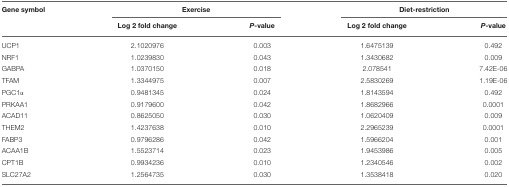
<table><thead><tr><td><b>Gene symbol</b></td><td colspan="2"><b>Exercise</b></td><td colspan="2"><b>Diet-restriction</b></td></tr><tr><td></td><td><b>Log 2 fold change</b></td><td><b><i>P</i>-value</b></td><td><b>Log 2 fold change</b></td><td><b><i>P</i>-value</b></td></tr></thead><tbody><tr><td>UCP1</td><td>2.1020976</td><td>0.003</td><td>1.6475139</td><td>0.492</td></tr><tr><td>NRF1</td><td>1.0239830</td><td>0.043</td><td>1.3430682</td><td>0.009</td></tr><tr><td>GABPA</td><td>1.0370150</td><td>0.018</td><td>2.078541</td><td>7.42E-06</td></tr><tr><td>TFAM</td><td>1.3344975</td><td>0.007</td><td>2.5830269</td><td>1.19E-06</td></tr><tr><td>PGC1α</td><td>0.9481345</td><td>0.024</td><td>1.8143594</td><td>0.492</td></tr><tr><td>PRKAA1</td><td>0.9179600</td><td>0.042</td><td>1.8682966</td><td>0.0001</td></tr><tr><td>ACAD11</td><td>0.8625050</td><td>0.030</td><td>1.0620409</td><td>0.009</td></tr><tr><td>THEM2</td><td>1.4237638</td><td>0.010</td><td>2.2965239</td><td>0.0001</td></tr><tr><td>FABP3</td><td>0.9796286</td><td>0.042</td><td>1.5966204</td><td>0.001</td></tr><tr><td>ACAA1B</td><td>1.5523714</td><td>0.023</td><td>1.9453986</td><td>0.005</td></tr><tr><td>CPT1B</td><td>0.9934236</td><td>0.010</td><td>1.2340546</td><td>0.002</td></tr><tr><td>SLC27A2</td><td>1.2564735</td><td>0.030</td><td>1.3538418</td><td>0.020</td></tr></tbody></table>